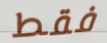
فقط